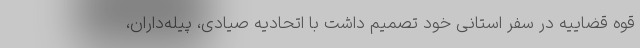
قوه قضاییه در سفر استانی خود تصمیم داشت با اتحادیه صیادی، پیله‌داران،